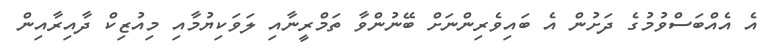
އެ އެއްބަސްވުމުގެ ދަށުން އެ ބައިވެރިންނަށް ބޭނުންވާ ތަމްރީނާއި ލަވަކިޔުމާއި މިއުޒިކް ދާއިރާއިން